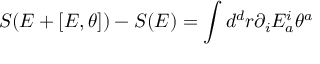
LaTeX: S ( E + [ E , \theta ] ) - S ( E ) = \int d ^ { d } r \partial _ { i } E _ { a } ^ { i } \theta ^ { a }